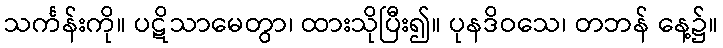
သင်္ကန်းကို။ ပဋိသာမေတွာ၊ ထားသိုပြီး၍။ ပုနဒိဝသေ၊ တဘန် နေ့၌။